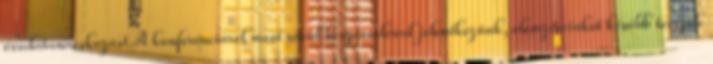
óvodatanácskozást.A konferenciáról most rövid beszámolóval jelentkezünk, elemzéseinket később tesszük